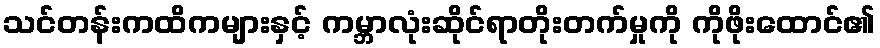
သင်တန်းကထိကများနှင့် ကမ္ဘာလုံးဆိုင်ရာတိုးတက်မှုကို ကိုဖိုးထောင်၏